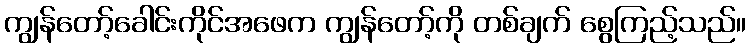
ကျွန်တော့်ခေါင်းကိုင်အဖေက ကျွန်တော့်ကို တစ်ချက် စွေကြည့်သည်။